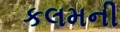
કલમની